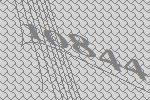
10844